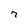
Character: 7